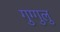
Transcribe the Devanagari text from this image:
गुग्गुलु